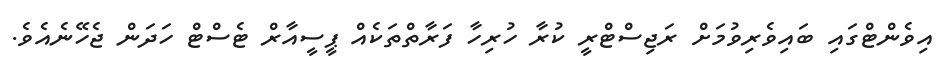
އިވެންޓްގައި ބައިވެރިވުމަށް ރަޖިސްޓްރީ ކުރާ ހުރިހާ ފަރާތްތަކެއް ޕީސީއާރް ޓެސްޓް ހަދަން ޖެހޭނެއެވެ.